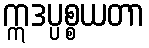
ဣဒပ္ပစ္စယတာ